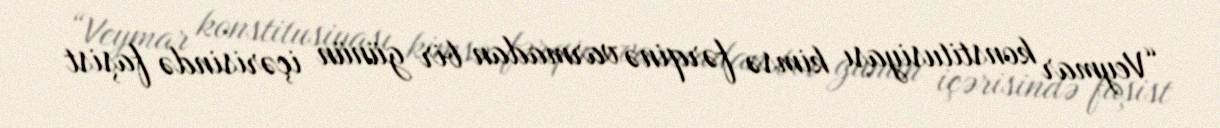
“Veymar konstitusiyası kimsə fərqinə varmadan bir günün içərisində faşist